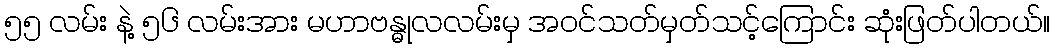
၅၅ လမ်း နဲ့ ၅၆ လမ်းအား မဟာဗန္ဓုလလမ်းမှ အဝင်သတ်မှတ်သင့်ကြောင်း ဆုံးဖြတ်ပါတယ်။